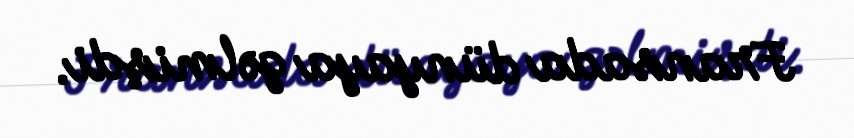
Fransada dünyaya gəlmişdi.